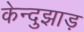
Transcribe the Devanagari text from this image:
केन्दुझाड़